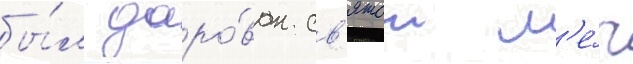
бы́л даро́ван св'ятои м'е́ч